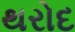
થરોદ